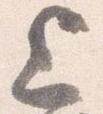
上